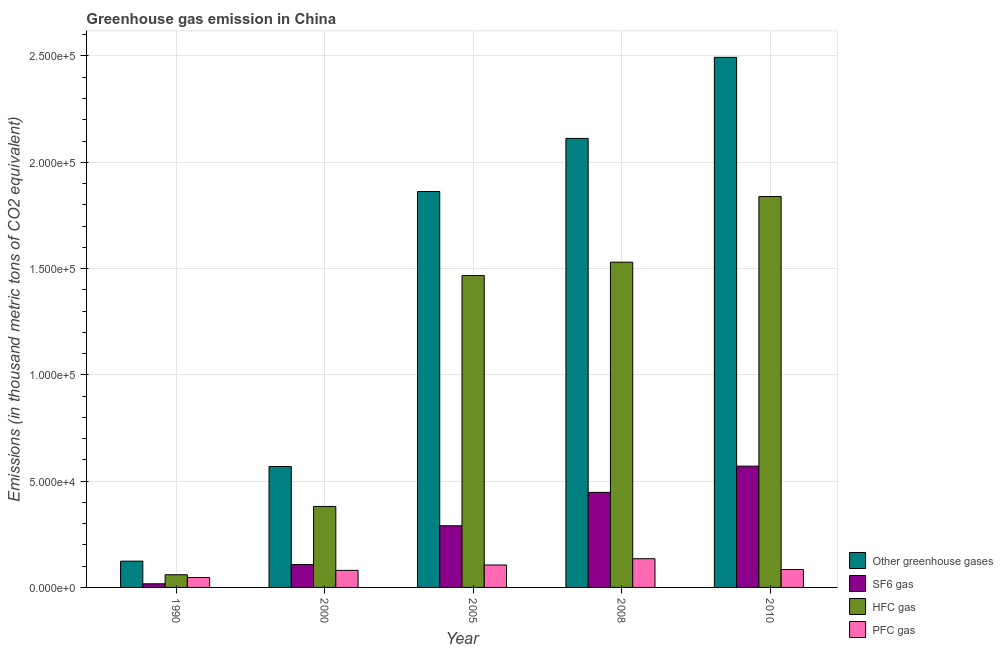
| Year | Other greenhouse gases | SF6 gas | HFC gas | PFC gas |
 | --- | --- | --- | --- | --- |
 | 1990 | 1.24e+04 | 1.71e+03 | 5.97e+03 | 4.67e+03 |
 | 2000 | 5.69e+04 | 1.08e+04 | 3.81e+04 | 8.03e+03 |
 | 2005 | 1.86e+05 | 2.9e+04 | 1.47e+05 | 1.06e+04 |
 | 2008 | 2.11e+05 | 4.47e+04 | 1.53e+05 | 1.35e+04 |
 | 2010 | 2.49e+05 | 5.71e+04 | 1.84e+05 | 8.44e+03 |